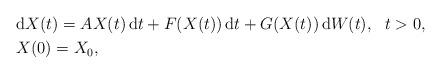
LaTeX: \begin{align*}& \mathrm{d}X(t) = AX(t)\,\mathrm{d}t+F(X(t))\,\mathrm{d}t+G(X(t))\,\mathrm{d}W(t), \ \ t>0, \\& X(0) = X_0,\end{align*}